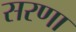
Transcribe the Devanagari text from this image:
सरणा